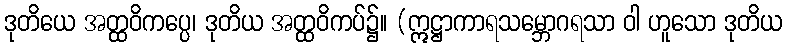
ဒုတိယေ အတ္ထဝိကပ္ပေ၊ ဒုတိယ အတ္ထဝိကပ်၌။ (ဣဋ္ဌာကာရသမ္ဘောဂရသာ ဝါ ဟူသော ဒုတိယ